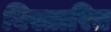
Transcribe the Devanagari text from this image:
विस्तारित